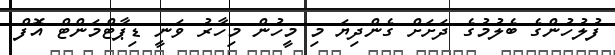
ފުލުހުންގެ ބެލުމުގެ ދަށަށް ގެންދިޔަ މި މީހުން މިހާރު ވަނީ ޑިޕާޓްމަންޓް އޮފް